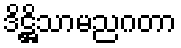
ဒိဋ္ဌိသာမညဂတာ